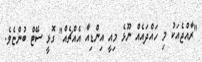
"ރާއްޖެއަކު މި ހައްދައެއް ނޫޅެ މިއީ އިންޑިއާ އެއްޗެއް" ގޮޅީ ސޭޓް ބުންޏެވެ.